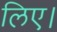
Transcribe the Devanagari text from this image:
लिए।